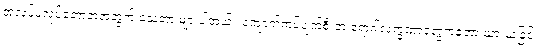
အလုပ်မလုပ်တော့တဲ့အတွက် သေတာ များပါတယ်။ ကျောက်ကပ်ပျက်စီးတဲ့ ရောဂါလက္ခဏာတွေကတော့ ယားယံခြင်း၊